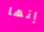
إنها